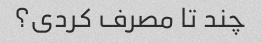
چند تا مصرف کردی؟